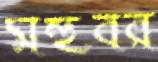
মহুবর